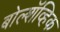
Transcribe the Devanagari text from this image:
बोल्शॅव्हिक